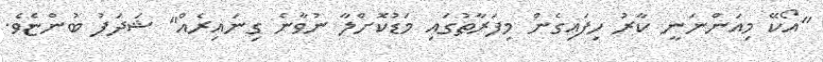
"އޯކޭ މިއަންނަނީ ކާރު ހިފައިގެން މިފަރާތުގައި މަޑުކޮށްލާ ނުވާނެ ގިނައިރެއް" ޝަދަފު ބުންޏެވެ.